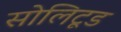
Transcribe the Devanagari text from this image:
सोलिटूड